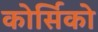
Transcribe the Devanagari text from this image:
कोर्सिको